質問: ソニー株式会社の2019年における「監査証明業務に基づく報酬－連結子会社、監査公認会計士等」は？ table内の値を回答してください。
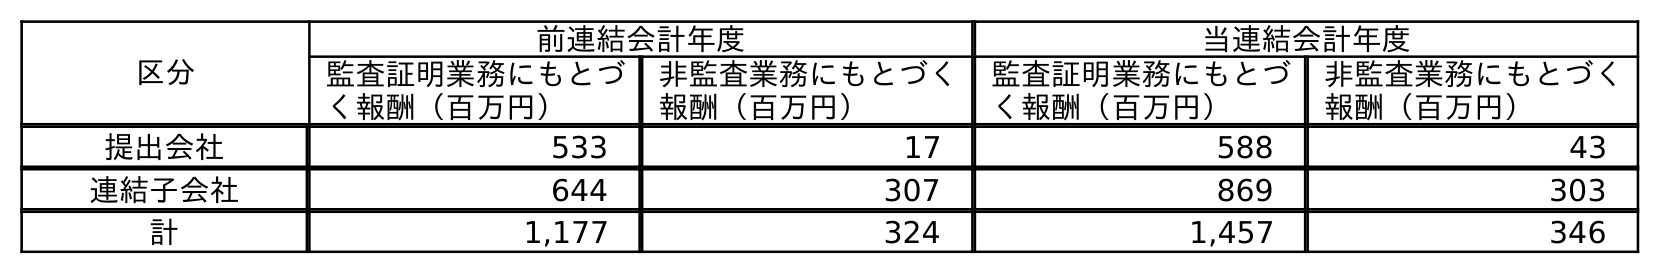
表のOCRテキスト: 区分 前連結会計年度 当連結会計年度 監査証明業務にもとづ く報酬（百万円） 非監査業務にもとづく 報酬（百万円） 監査証明業務にもとづ く報酬（百万円） 非監査業務にもとづく 報酬（百万円） 提出会社 533 17 588 43 連結子会社 644 307 869 303 計 1,177 324 1,457 346
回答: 644